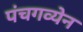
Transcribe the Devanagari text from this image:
पंचगव्येन